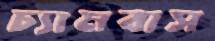
চ্যামবাস